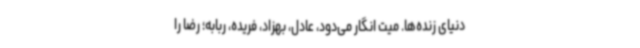
دنیای زنده‌ها. میت انگار می‌دود،‌ عادل، بهزاد، فریده، ربابه؛ رضا را